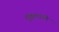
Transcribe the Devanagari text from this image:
शुद्धत्वाची